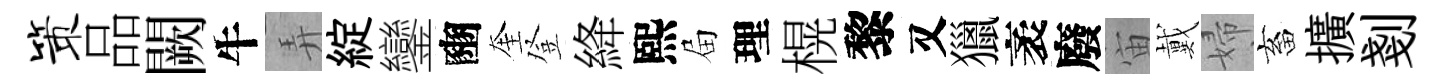
策品闕牛弄綻鑾豳奎登絳熙屇理榥黎又獵袤廢宙戴婦畜擴剗